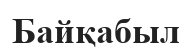
Байқабыл